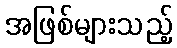
အဖြစ်များသည့်